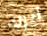
ايرك